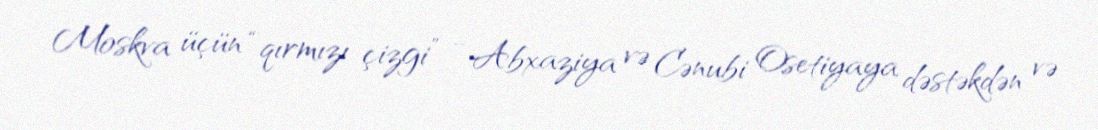
Moskva üçün “qırmızı çizgi” - Abxaziya və Cənubi Osetiyaya dəstəkdən və